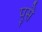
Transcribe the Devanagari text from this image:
पुसै